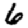
Digit: 6